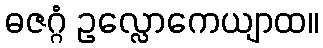
ဓဇဂ္ဂံ ဥလ္လောကေယျာထ။